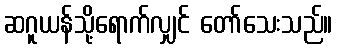
ဆဂူယန်သို့ရောက်လျှင် တော်သေးသည်။